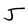
Character: J